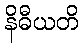
နိဓီယတိ